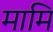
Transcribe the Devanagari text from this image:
मामि